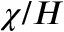
\chi / H